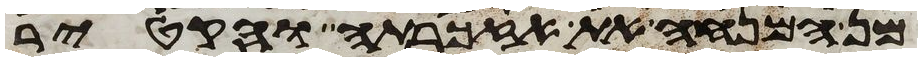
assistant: מן המנחה את אזכרתה והקטיר